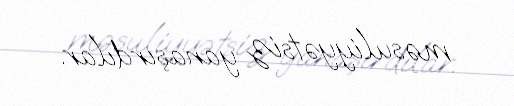
məsuliyyətsiz yanaşırdılar.